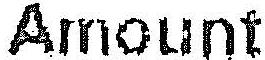
AMOUNT